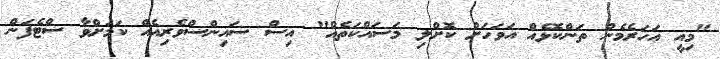
"މިއީ އަހަރެމެން ތަންކޮޅެއް އަވަހަށް ކޮށްލި މަސައްކަތެއް" އިސް ސައިންސްވެރިއެއް ކަމަށްވާ ސްޓެފަން